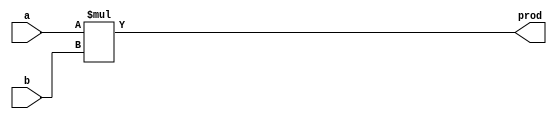
`timescale 1ns / 1ps
//////////////////////////////////////////////////////////////////////////////////
// Company: 
// 
// Design Name: 
// Module Name: Multiplier
// Project Name: Assignment 1
// Target Devices: 
// Tool Versions: 
// Description: 
// 
// Dependencies: 
// 
// Revision:
// Revision 0.01 - File Created
// Additional Comments:
// 
//////////////////////////////////////////////////////////////////////////////////


module Multiplier #(parameter DATAWIDTH = 2)(a, b, prod);

    input [DATAWIDTH-1:0] a, b;
    output reg [(2*DATAWIDTH)-1:0] prod;
    
    always @(a, b) begin
    
        prod <= a * b;
    
    end
endmodule